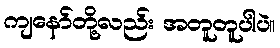
ကျနော်တို့လည်း အတူတူပါပဲ။